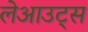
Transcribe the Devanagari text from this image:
लेआउट्स